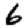
Digit: 6